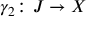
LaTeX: \gamma _ { 2 } \colon J \rightarrow X